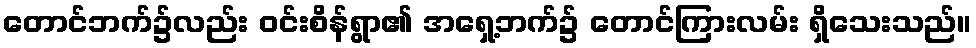
တောင်ဘက်၌လည်း ဝင်းစိန်ရွာ၏ အရှေ့ဘက်၌ တောင်ကြားလမ်း ရှိသေးသည်။